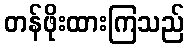
တန်ဖိုးထားကြသည်